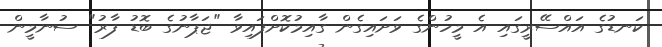
ކަނޑުގެ އައްސޭރީގައި އެ މީހުންގެ ވަށައިގެން ގާއިމުކޮށްފައިވާ "ޖަޕާނުގެ ބޮޑު ފާރު" ސުނާމީން